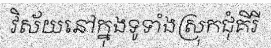
វិស័យនៅក្នុងទូទាំងស្រុកជុំគីរី